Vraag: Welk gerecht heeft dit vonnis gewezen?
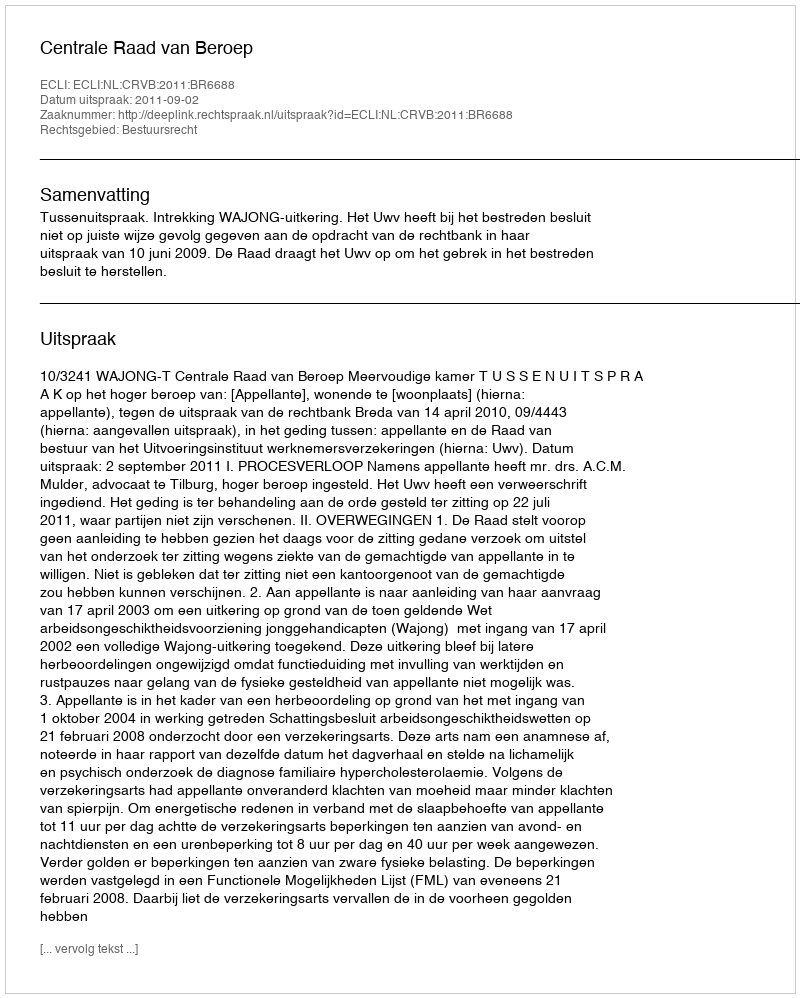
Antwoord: Centrale Raad van Beroep